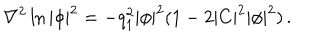
\nabla ^ { 2 } \ln | \phi | ^ { 2 } = - q _ { 1 } ^ { 2 } | \phi | ^ { 2 } ( 1 - 2 | C | ^ { 2 } | \phi | ^ { 2 } ) \, .